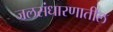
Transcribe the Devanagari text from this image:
जलसंधारणातील